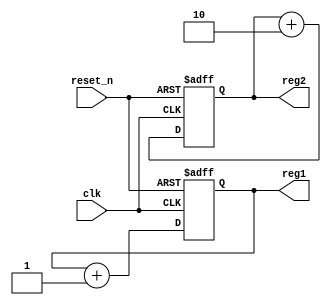
module ParameterFocusedInit #(
    parameter integer INIT_VALUE_1 = 8'd0,  // Default initial value for register 1
    parameter integer INIT_VALUE_2 = 8'd1   // Default initial value for register 2
)(
    input wire clk,         // Clock signal
    input wire reset_n,     // Active-low reset signal
    output reg [7:0] reg1,  // Internal register 1
    output reg [7:0] reg2   // Internal register 2
);

    // Initialization block
    initial begin
        reg1 = INIT_VALUE_1;  // Initialize reg1 with INIT_VALUE_1
        reg2 = INIT_VALUE_2;  // Initialize reg2 with INIT_VALUE_2
    end

    // Reset logic
    always @(posedge clk or negedge reset_n) begin
        if (!reset_n) begin
            reg1 <= INIT_VALUE_1;  // Reset reg1 to INIT_VALUE_1
            reg2 <= INIT_VALUE_2;  // Reset reg2 to INIT_VALUE_2
        end else begin
            // Core functionality can be implemented here
            // For example, incrementing the registers
            reg1 <= reg1 + 1;
            reg2 <= reg2 + 2;
        end
    end

endmodule